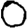
Digit: 0